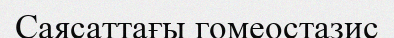
Саясаттағы гомеостазис